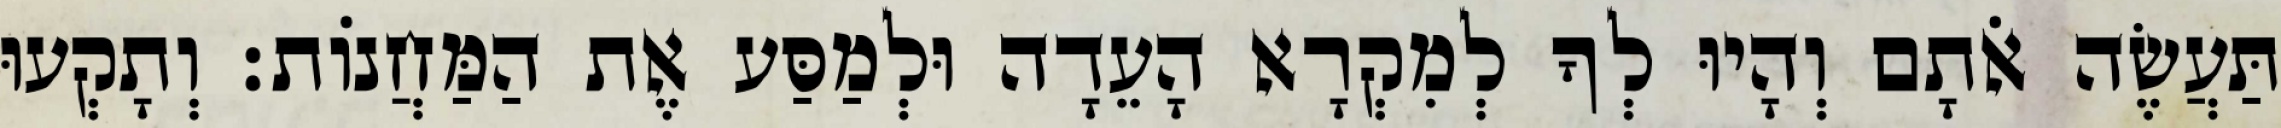
תַּעֲשֶׂה אֹתָם וְהָיוּ לְךָ לְמִקְרָא הָעֵדָה וּלְמַסַּע אֶת הַמַּחֲנוֹת׃ וְתָקְעוּ